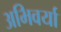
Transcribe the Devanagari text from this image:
अभिवर्या